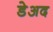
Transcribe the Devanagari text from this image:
डेअद